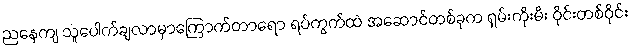
ညနေကျ သူပေါက်ချလာမှာကြောက်တာရော ရပ်ကွက်ထဲ အဆောင်တစ်ခုက ရှမ်းကိုးမီး ဝိုင်းတစ်ဝိုင်း